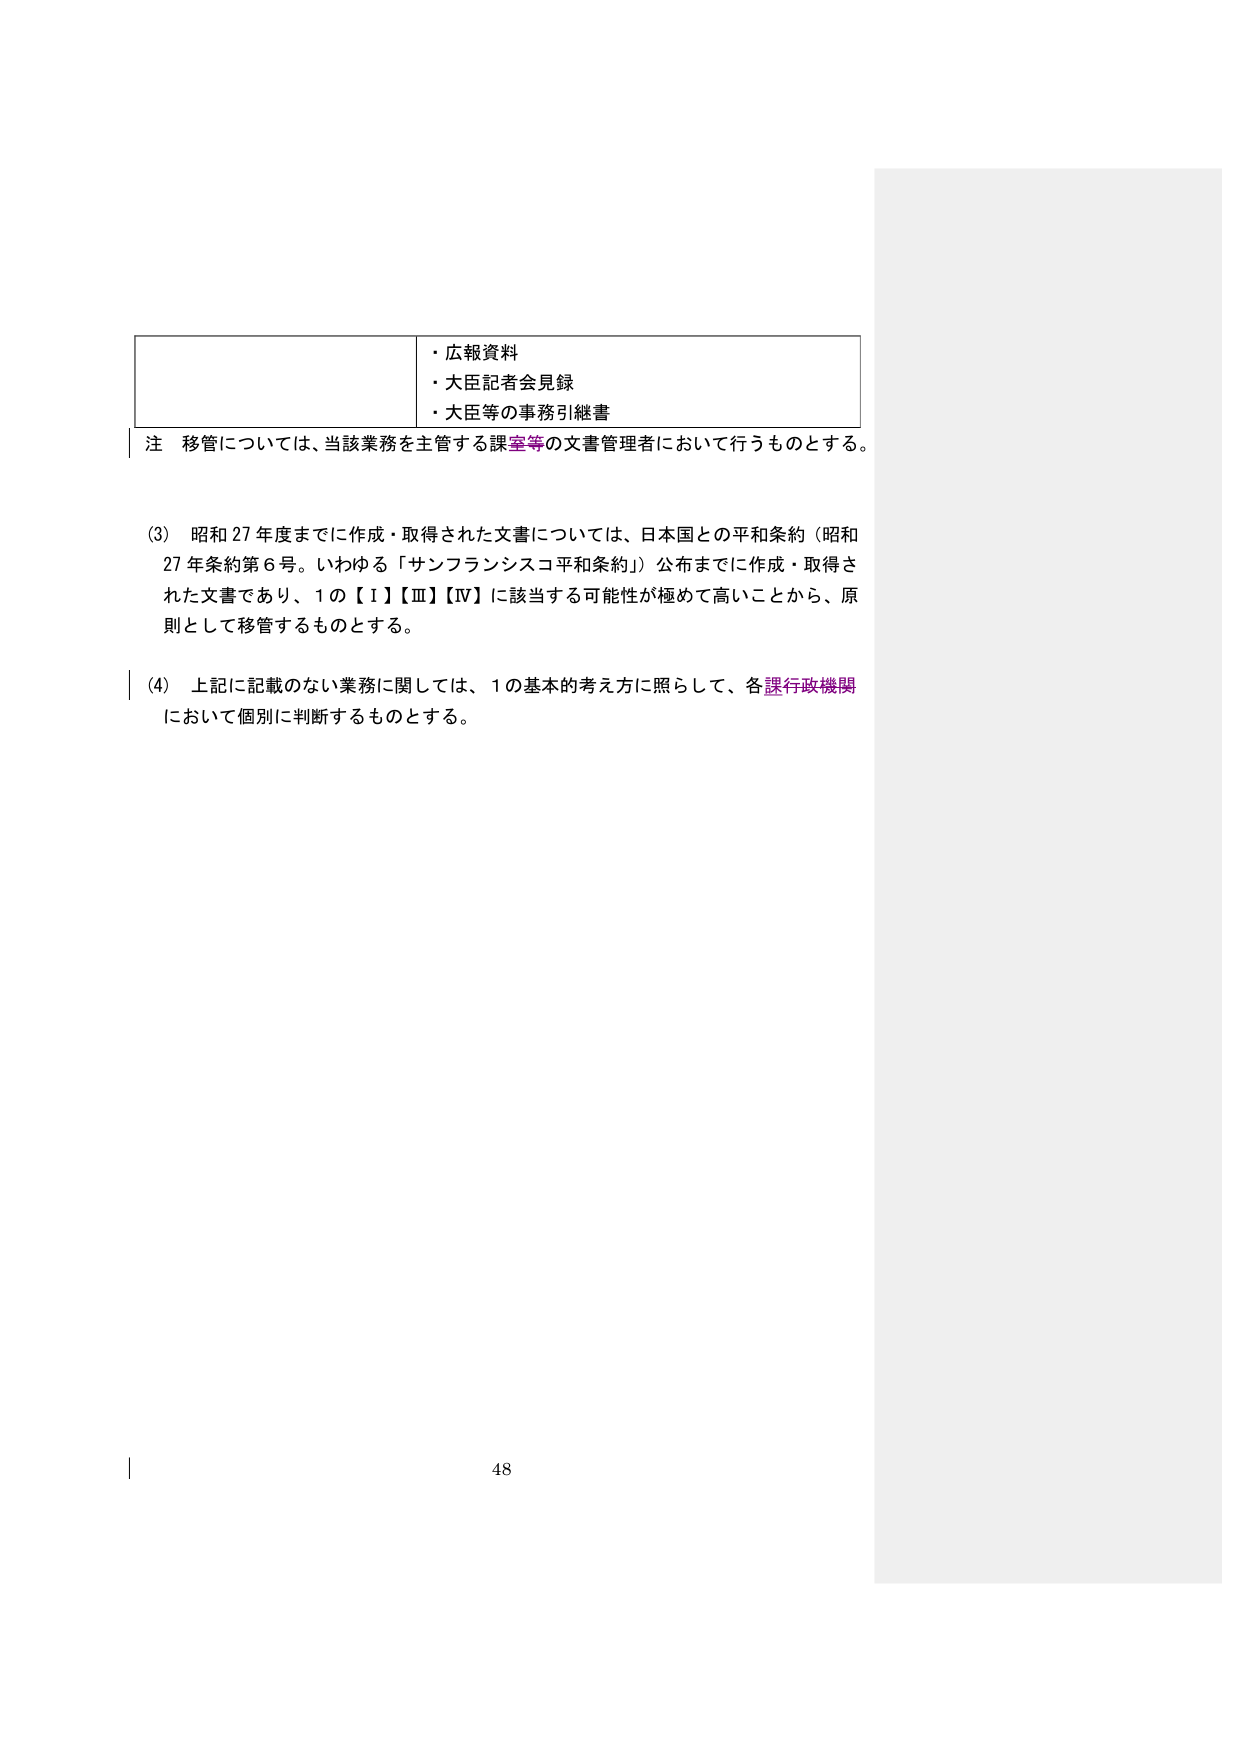
・広報資料
・大臣記者会見録
・大臣等の事務引継書

注 移管については、当該業務を主管する課室等の文書管理者において行うものとする。

(3) 昭和27年度までに作成・取得された文書については、日本国との平和条約（昭和27年条約第6号。いわゆる「サンフランシスコ平和条約」）公布までに作成・取得された文書であり、1の【Ⅰ】【Ⅲ】【Ⅳ】に該当する可能性が極めて高いことから、原則として移管するものとする。

(4) 上記に記載のない業務に関しては、1の基本的考え方を照らして、各課行政機関において個別に判断するものとする。

48